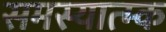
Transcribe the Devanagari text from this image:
समस्यात्म्क